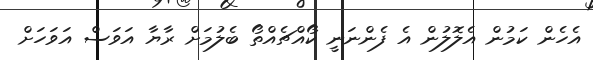
އެހެން ކަމުން އެލޮލުން އެ ފެންނަނީ ކޯއްޗެއްތޯ ބެލުމަށް ރާޔާ އަވަސް އަވަހަށް